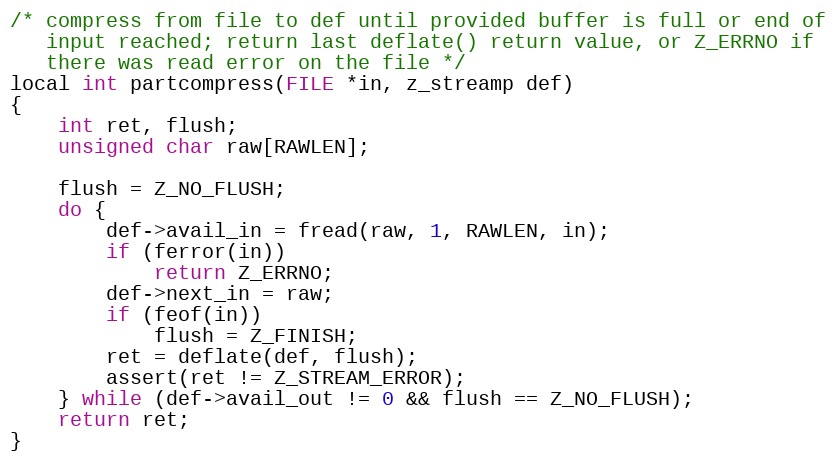
Language: C
/* compress from file to def until provided buffer is full or end of
   input reached; return last deflate() return value, or Z_ERRNO if
   there was read error on the file */
local int partcompress(FILE *in, z_streamp def)
{
    int ret, flush;
    unsigned char raw[RAWLEN];

    flush = Z_NO_FLUSH;
    do {
        def->avail_in = fread(raw, 1, RAWLEN, in);
        if (ferror(in))
            return Z_ERRNO;
        def->next_in = raw;
        if (feof(in))
            flush = Z_FINISH;
        ret = deflate(def, flush);
        assert(ret != Z_STREAM_ERROR);
    } while (def->avail_out != 0 && flush == Z_NO_FLUSH);
    return ret;
}